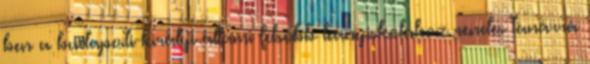
ben a budapesti királyi állami felsőbb leányiskolához rendes tanárrá